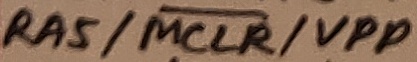
Text: RA5/MCLR/VPP